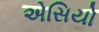
એસિયો